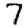
Digit: 7